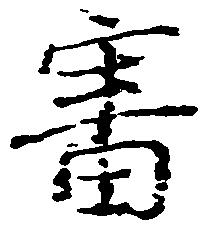
審